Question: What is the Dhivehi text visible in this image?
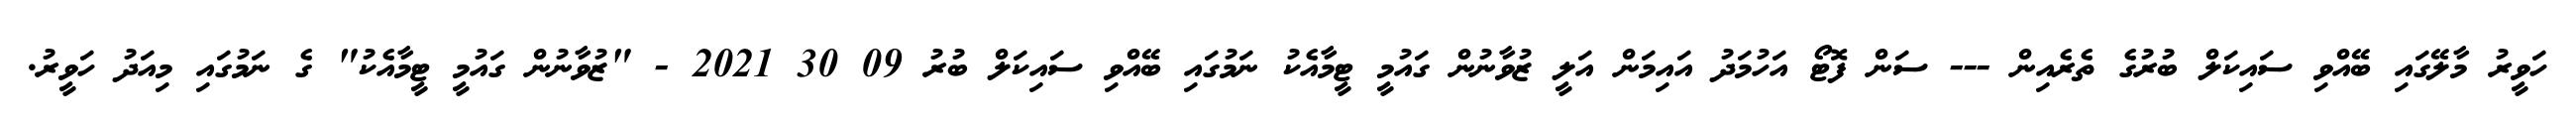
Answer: ހަވީރު މާލޭގައި ބޭއްވި ސައިކަލް ބުރުގެ ތެރެއިން --- ސަން ފޮޓޯ އަހުމަދު އައިމަން އަލީ ޒުވާނުން ގައުމީ ޓީމާއެކު ނަމުގައި ބޭއްވި ސައިކަލް ބުރު 09 30 2021 - "ޒުވާނުން ގައުމީ ޓީމާއެކު" ގެ ނަމުގައި މިއަދު ހަވީރު.